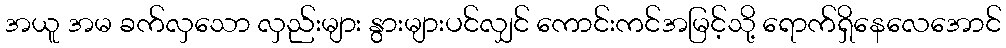
အယူ အမ ခက်လှသော လှည်းများ နွားများပင်လျှင် ကောင်းကင်အမြင့်သို့ ရောက်ရှိနေလေအောင်